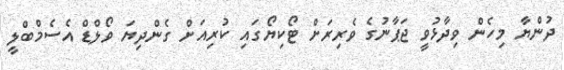
ދުންޔާ މިހެން ވިދާޅުވީ ޖަޕާނުގެ ވެރިރަށް ޓޯކިޔޯގައި ކުރިއަށް ގެންދިޔަ ވޯލްޑް އެސެމްބްލީ